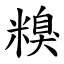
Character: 糗